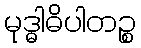
မုဒ္ဓါဓိပါတဉ္စ